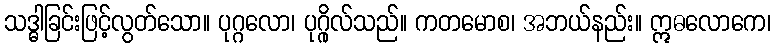
သဒ္ဓါခြင်းဖြင့်လွတ်သော။ ပုဂ္ဂလော၊ ပုဂ္ဂိုလ်သည်။ ကတမောစ၊ အဘယ်နည်း။ ဣဓလောကေ၊